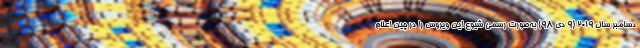
دسامبر سال ۲۰۱۹ (۹ دی ۹۸) به‌صورت رسمی شیوع این ویروس را در چین اعلام